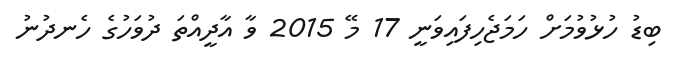
ބިޑު ހުޅުވުމަށް ހަމަޖެހިފައިވަނީ 17 މޭ 2015 ވާ އާދީއްތަ ދުވަހުގެ ހެނދުނު